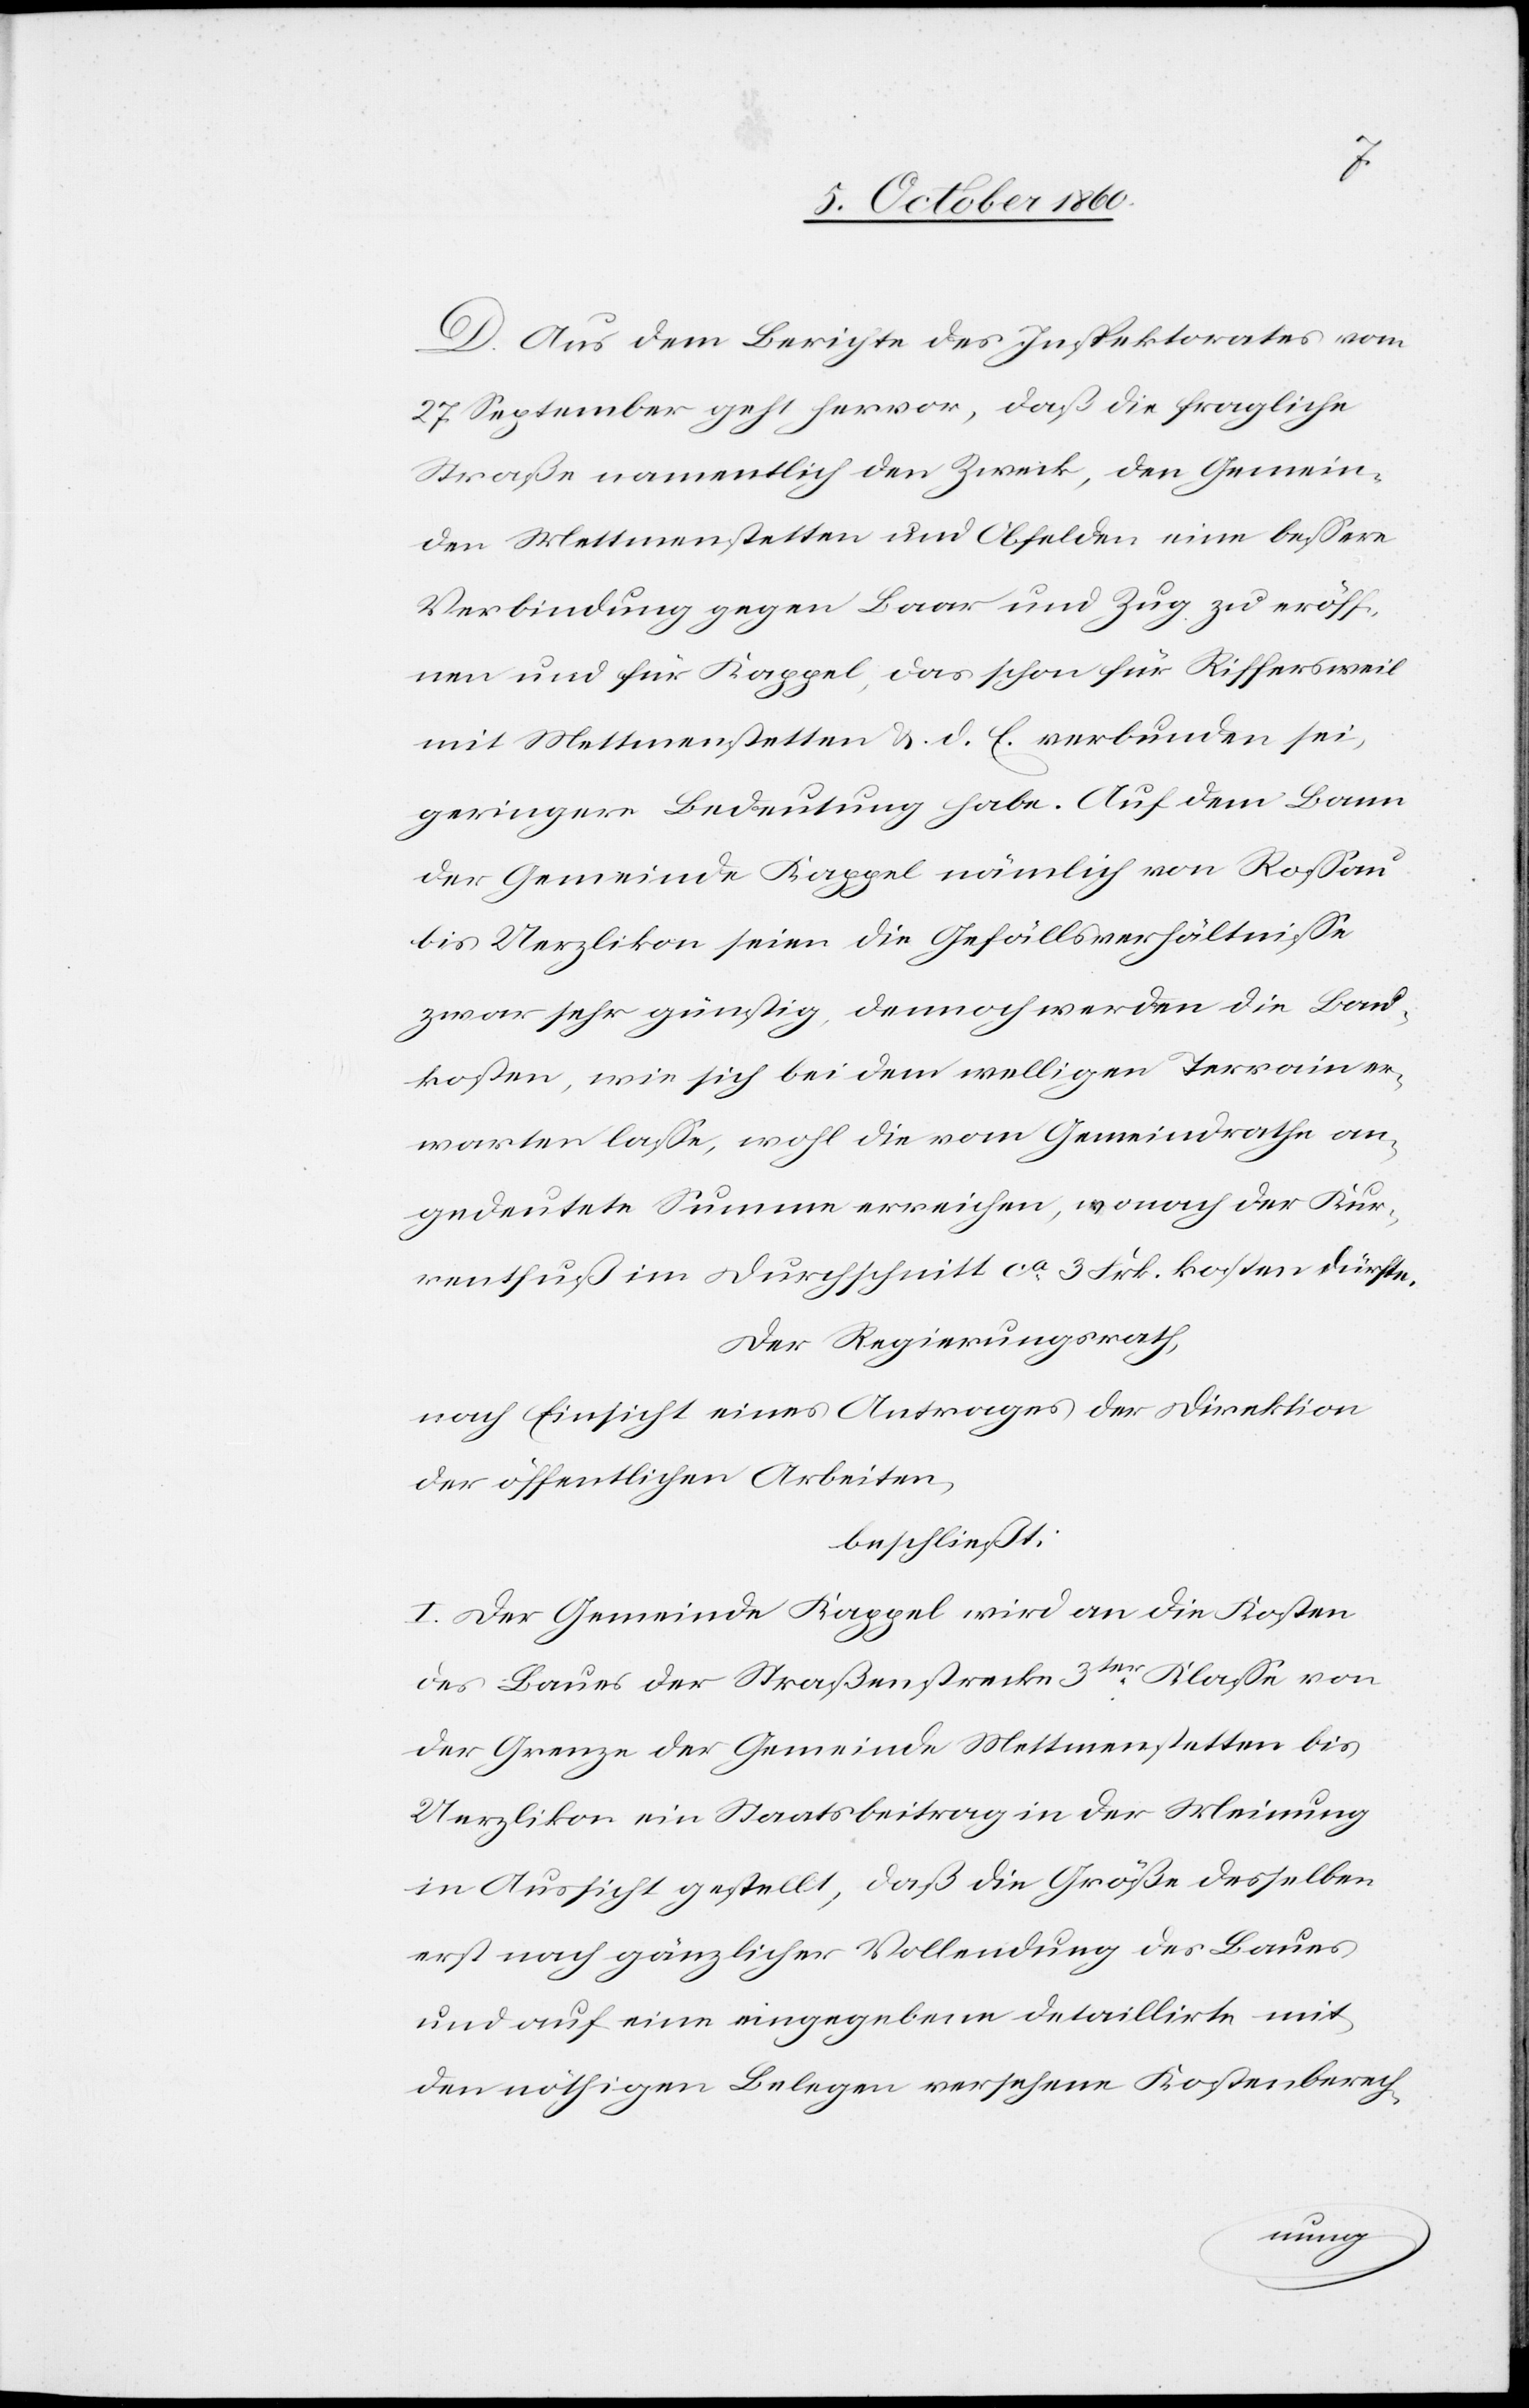
D. Aus dem Berichte des Inspektorates vom
27. September geht hervor, daß die fragliche
Straße namentlich den Zweck, den Gemein¬
den Mettmenstetten und Obfelden eine bessere
Verbindung gegen Baar und Zug zu eröff¬
nen und für Kappel, das schon für Riffersweil
mit Mettmenstetten u. d. E. verbunden sei,
geringere Bedeutung habe. Auf dem Bann
der Gemeinde Kappel nämlich von Rossau
bis Uerzlikon seien die Gefällsverhältnisse
zwar sehr günstig, dennoch werden die Land¬
kosten, wie sich bei dem welligen Terrain er¬
warten lasse, wohl die vom Gemeindrathe an¬
gedeutete Summe erreichen, wonach der Kur¬
rentfuß im Durchschnitt ca 3 Frk. kosten dürfte.
Der Regierungsrath,
nach Einsicht eines Antrages der Direktion
der öffentlichen Arbeiten,
beschließt:
I. Der Gemeinde Kappel wird an die Kosten
des Baues der Straßenstrecke 3ter Klasse von
der Grenze der Gemeinde Mettmenstetten bis
Uerzlikon ein Staatsbeitrag in der Meinung
in Aussicht gestellt, daß die Größe desselben
erst nach gänzlicher Vollendung des Baues
und auf eine eingegebene detaillirte mit
den nöthigen Belegen versehene Kostenberech-